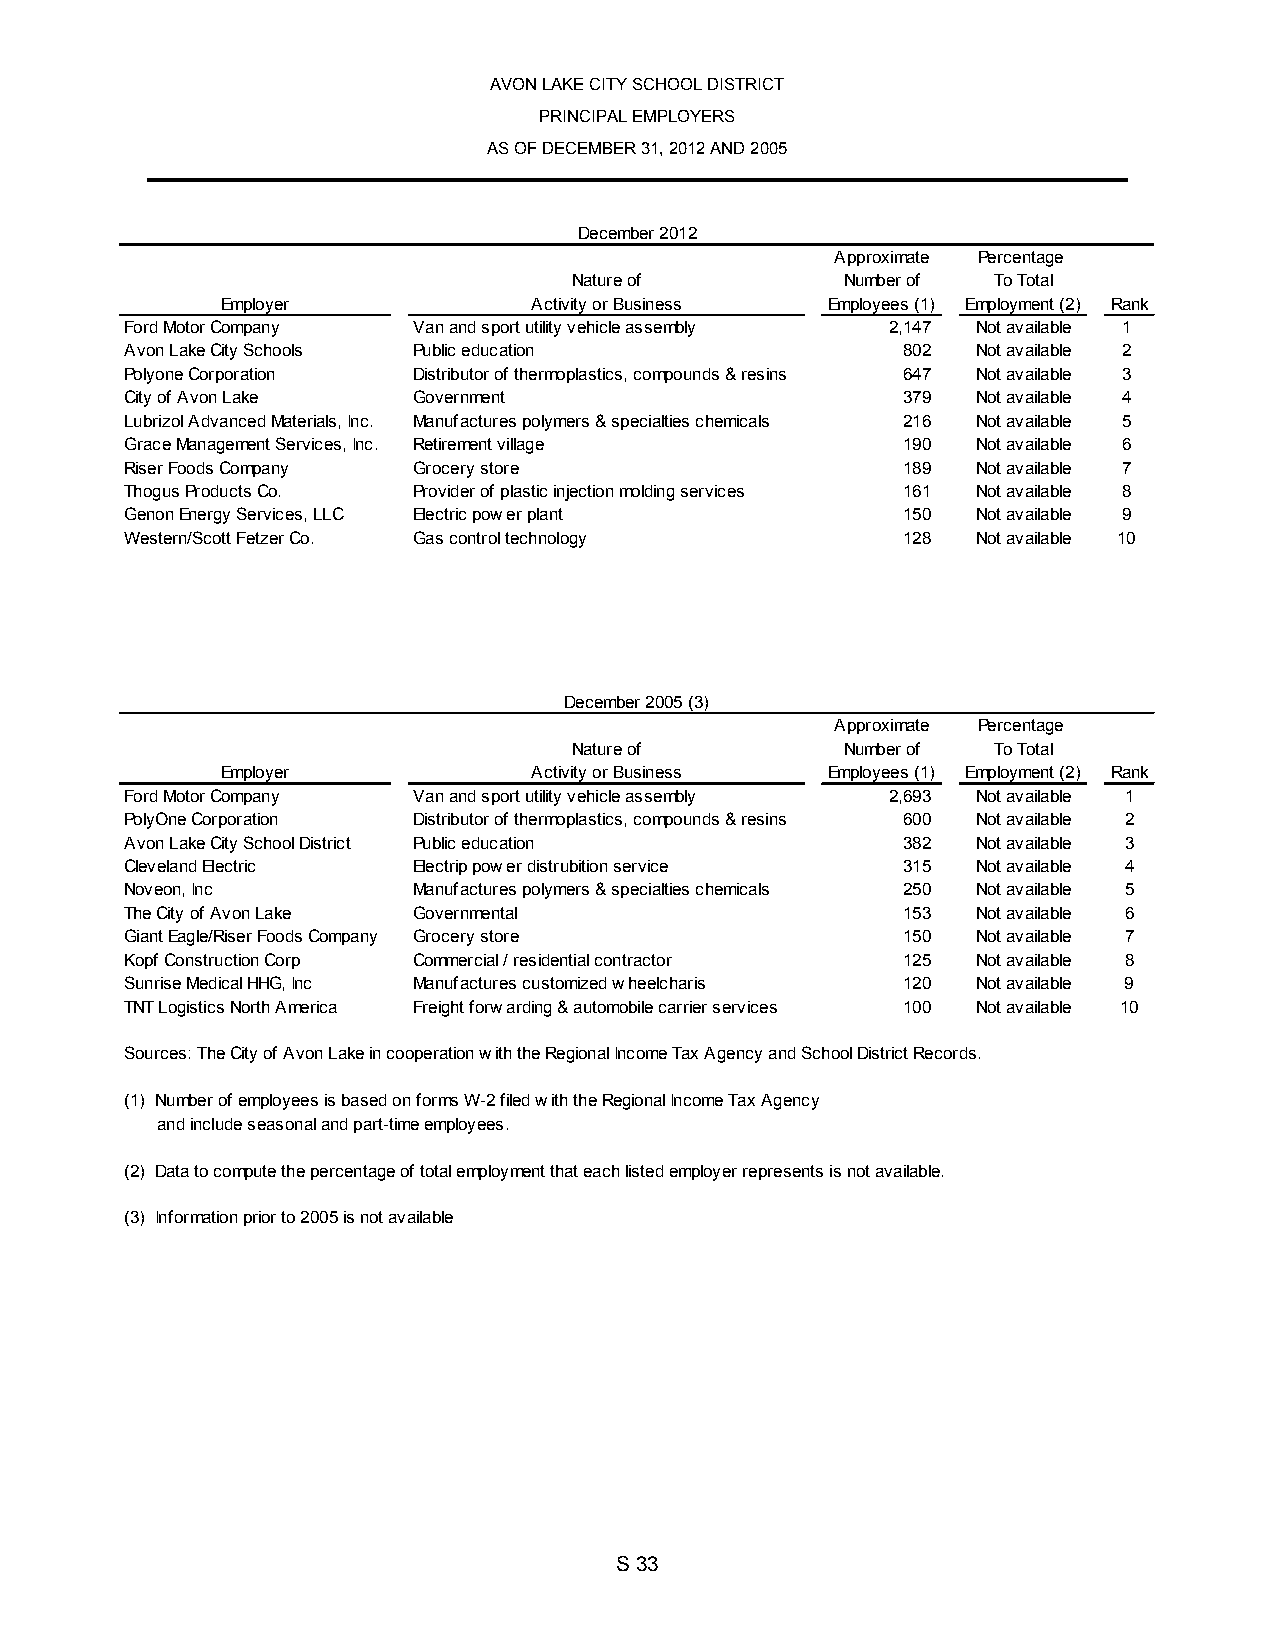
AVON LAKE CITY SCHOOL DISTRICT
 PRINCIPAL EMPLOYERS
 AS OF DECEMBER 31, 2012 AND 2005
 December 2012
 Approximate Percentage
 Nature of         Number of To Total
 Employer            Activity or Business Employees (1) Employment (2) Rank
 Ford Motor Company Van and sport utility vehicle assembly 2 ,147 Not available 1
 Avo n Lake City Schools Public education            8 02 Not available 2
 Polyone Corporation Distributor of thermoplastics, compounds & resins 6 47 Not available 3
 City of Avon Lake  Government                       3 79 Not available 4
 Lub rizol Advanced Materials, Inc. Manufactures polymers & specialties chemicals 2 16 Not available 5
 Gra ce Management Services, Inc. Retirement village 1 90 Not available 6
 Riser Foods Company Grocery store                   1 89 Not available 7
 Thogus Products Co. Provider of plastic injection molding services 1 61 Not available 8
 Gen on Energy Services, LLC Electric power plant    1 50 Not available 9
 Wes tern/Scott Fetzer Co. Gas control technology    1 28 Not available 10
 December 2005 (3)
 Approximate Percentage
 Nature of         Number of To Total
 Employer            Activity or Business Employees (1) Employment (2) Rank
 Ford Motor Company Van and sport utility vehicle assembly 2 ,693 Not available 1
 Poly One Corporation Distributor of thermoplastics, compounds & resins 6 00 Not available 2
 Avo n Lake City School District Public education    3 82 Not available 3
 Clev eland Electric Electrip power distrubition service 3 15 Not available 4
 Noveon, Inc        Manufactures polymers & specialties chemicals 2 50 Not available 5
 The City of Avon Lake Governmental                  1 53 Not available 6
 Gian t Eagle/Riser Foods Company Grocery store      1 50 Not available 7
 Kop f Construction Corp Commercial / residential contractor 1 25 Not available 8
 Sun rise Medical HHG, Inc Manufactures customized wheelcharis 1 20 Not available 9
 TNT Logistics North America Freight forwarding & automobile carrier services 1 00 Not available 10
 Sou rces: The City of Avon Lake in cooperation with the Regional Income Tax Agency and School District Records.
 (1) Number of employees is based on forms W-2 filed with the Regional Income Tax Agency
 and include seasonal and part-time employees.
 (2) Data to compute the percentage of total employment that each listed employer represents is not available.
 (3) Information prior to 2005 is not available
 S 33